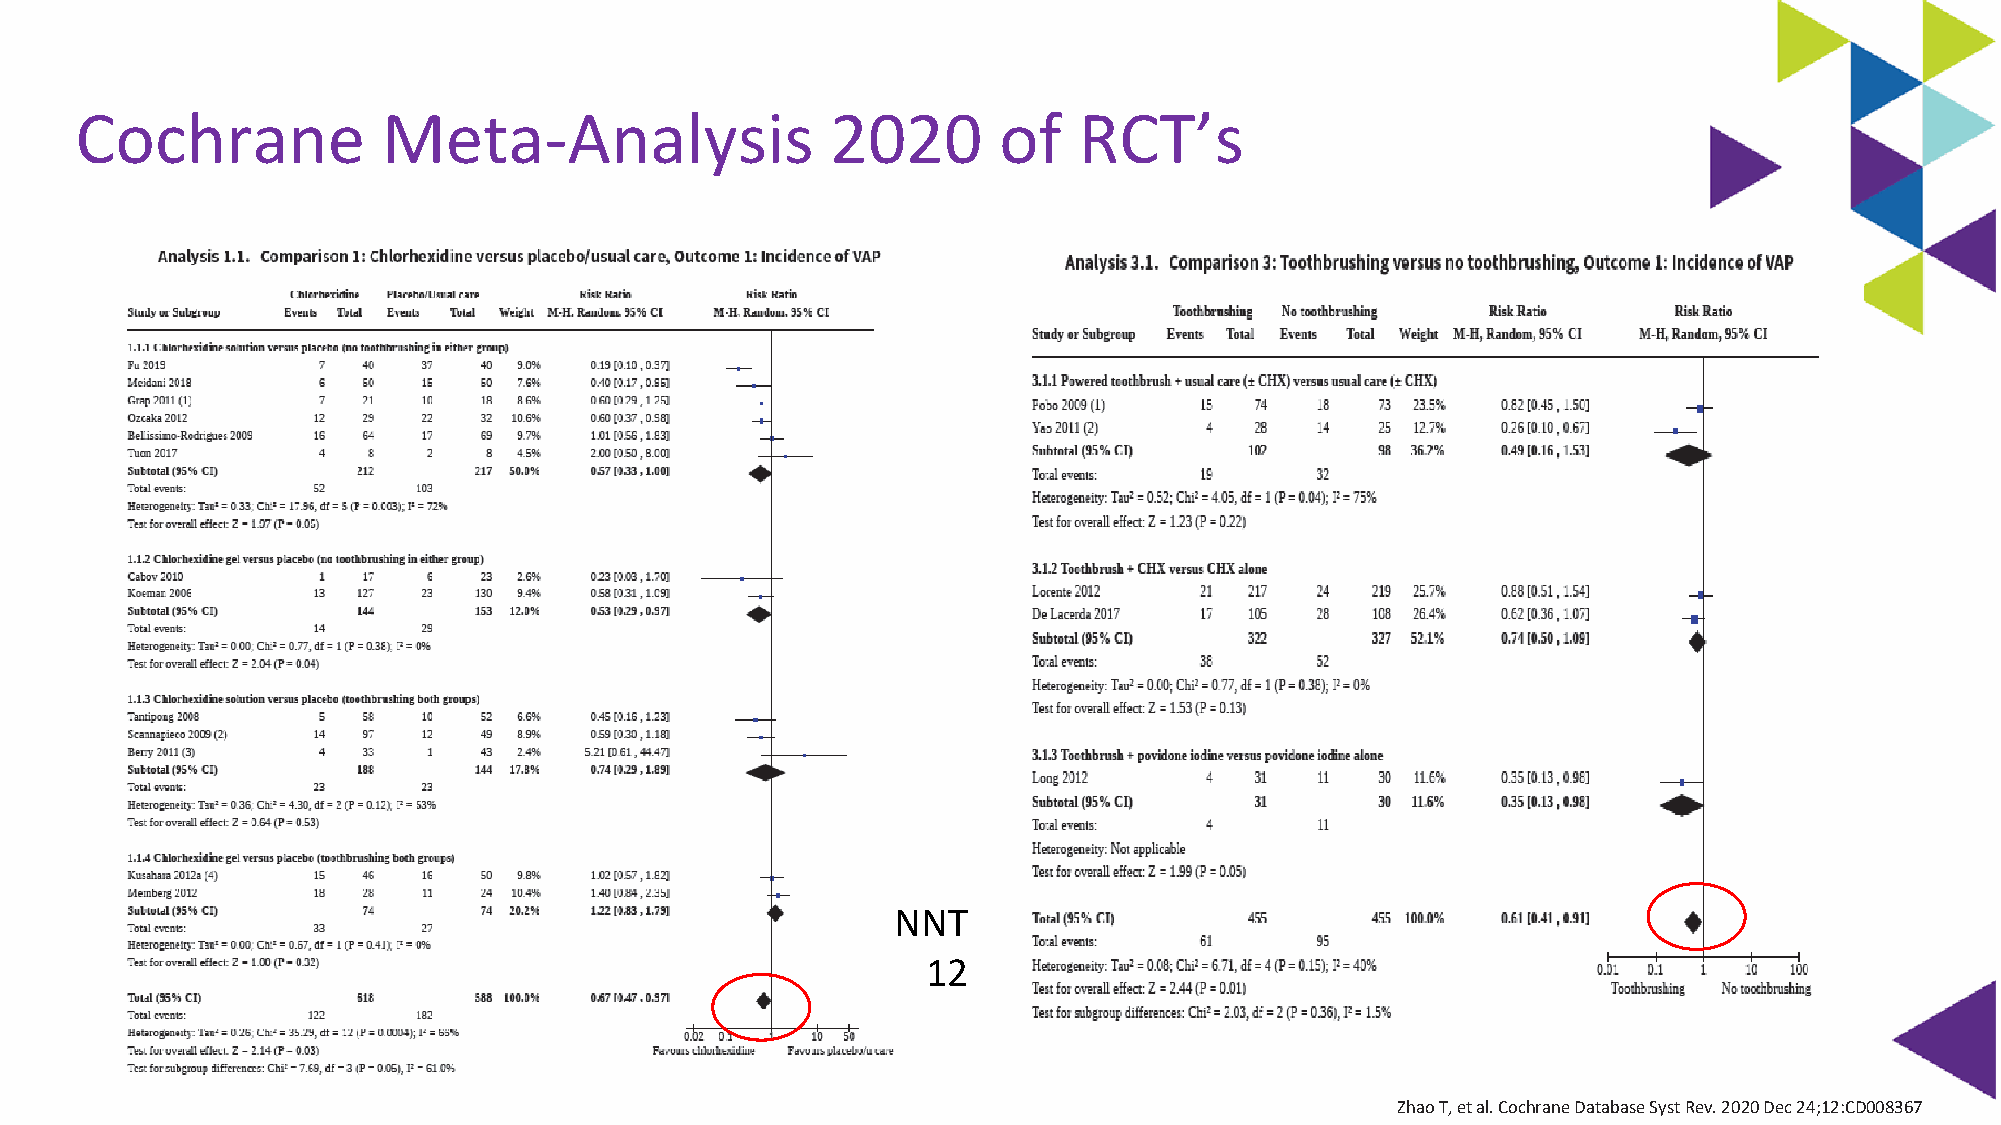
Cochrane            Meta-Analysis                 2020       of   RCT’s
 NNT
 12
 Zhao T, et al. Cochrane Database Syst Rev. 2020 Dec 24;12:CD008367